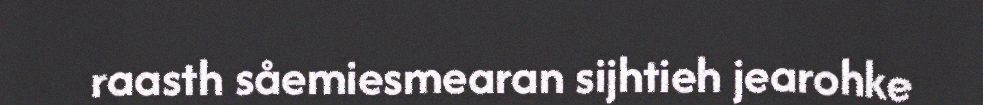
raasth såemiesmearan sijhtieh jearohke